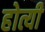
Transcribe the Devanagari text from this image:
होत्यी